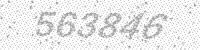
Solution: 563846